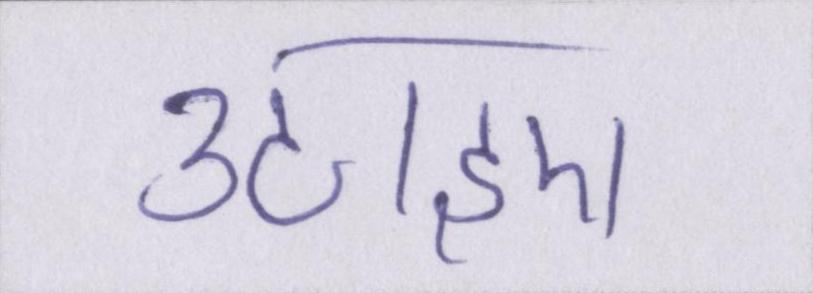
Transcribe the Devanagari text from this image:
उठाइए